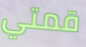
قمتي